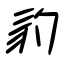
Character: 豹